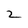
Character: 2